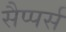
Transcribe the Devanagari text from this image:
सैप्पर्स